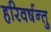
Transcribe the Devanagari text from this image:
हरिवर्षन्तु